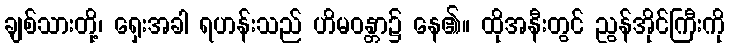
ချစ်သားတို့၊ ရှေးအခါ ရဟန်းသည် ဟိမဝန္တာ၌ နေ၏။ ထိုအနီးတွင် ညွန်အိုင်ကြီးကို